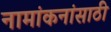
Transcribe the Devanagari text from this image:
नामांकनांसाठी